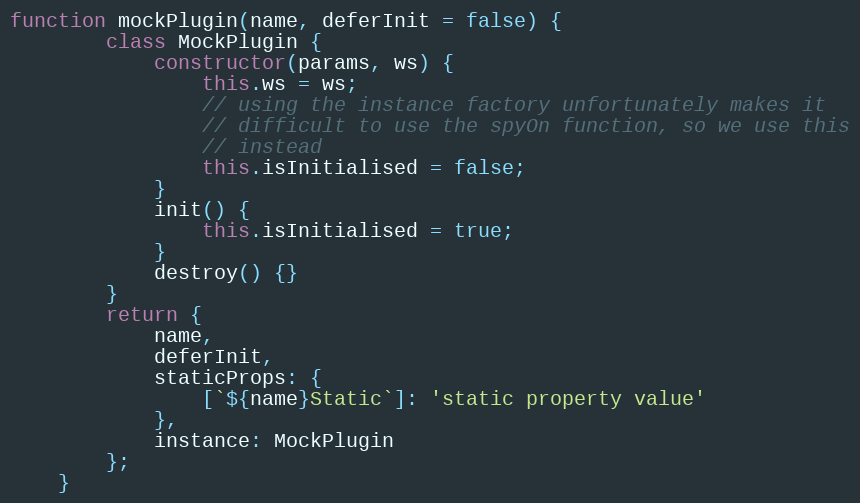
Language: JavaScript
function mockPlugin(name, deferInit = false) {
        class MockPlugin {
            constructor(params, ws) {
                this.ws = ws;
                // using the instance factory unfortunately makes it
                // difficult to use the spyOn function, so we use this
                // instead
                this.isInitialised = false;
            }
            init() {
                this.isInitialised = true;
            }
            destroy() {}
        }
        return {
            name,
            deferInit,
            staticProps: {
                [`${name}Static`]: 'static property value'
            },
            instance: MockPlugin
        };
    }